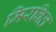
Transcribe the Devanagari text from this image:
मिरवित